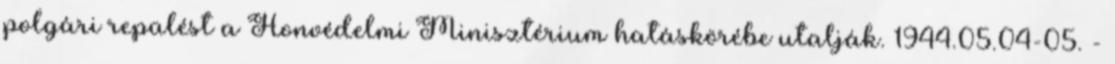
polgári repülést a Honvédelmi Minisztérium hatáskörébe utalják. 1944.05.04-05. -